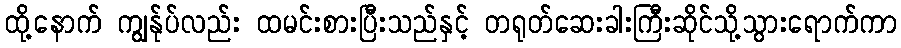
ထို့နောက် ကျွန်ုပ်လည်း ထမင်းစားပြီးသည်နှင့် တရုတ်ဆေးခါးကြီးဆိုင်သို့သွားရောက်ကာ